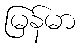
မြန်မာ